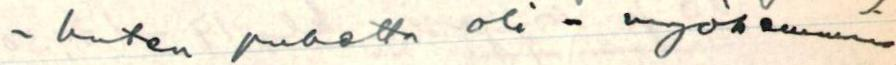
- kuten puhetta oli - myöhemmin